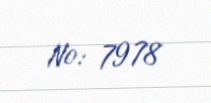
№: 7978